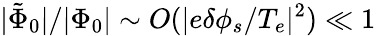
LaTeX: \lvert\tilde{\Phi}_{0}\rvert/\lvert\Phi_{0}\rvert\sim O(\lvert e\delta\phi_{s}/T_{e}\rvert^{2})\ll 1